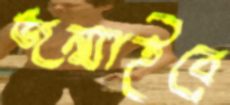
জন্মাইবে